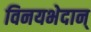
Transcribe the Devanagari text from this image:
विनयभेदान्